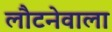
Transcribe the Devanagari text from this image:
लौटनेवाला